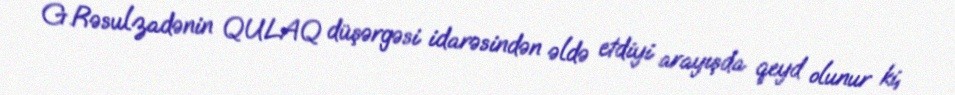
G.Rəsulzadənin QULAQ düşərgəsi idarəsindən əldə etdiyi arayışda qeyd olunur ki,